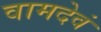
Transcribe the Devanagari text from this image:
वामदेवं